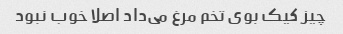
چیز کیک بوی تخم مرغ می‌داد اصلا خوب نبود